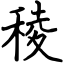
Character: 稜